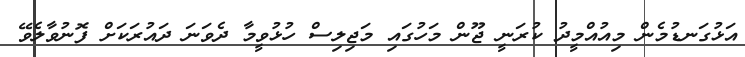
އަޅުގަނޑުމެން މިއުއްމީދު ކުރަނީ ޖޫން މަހުގައި މަޖިލިސް ހުޅުވީމާ ދެވަނަ ދައުރަކަށް ފޮނުވާލެވޭ